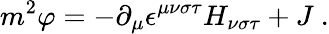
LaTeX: m^{2}\varphi=-\partial_{\mu}\epsilon^{\mu\nu\sigma\tau}H_{\nu\sigma\tau}+J\ .